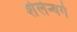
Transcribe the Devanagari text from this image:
शेलेन्बर्ग